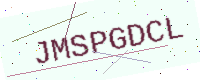
Text: JMSPGDCL